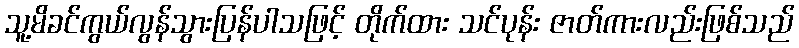
သူ့မိခင်ကွယ်လွန်သွားပြန်ပါသဖြင့် တိုက်ထား သင်ပုန်း ဇာတ်ကားလည်းဖြစ်သည်